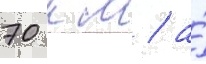
70 км / а́